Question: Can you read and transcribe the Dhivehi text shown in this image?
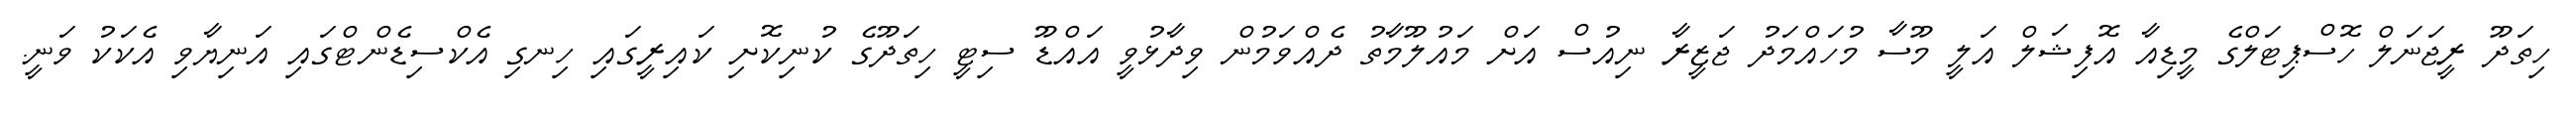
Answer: ހިތަދޫ ރީޖަނަލް ހޮސްޕިޓަލްގެ މީޑިއާ އޮފިޝަލް އަލީ މޫސާ މުހައްމަދު ޖަޒީރާ ނިއުސް އަށް މައުލޫމާތު ދެއްވަމުން ވިދާޅުވީ އައްޑޫ ސިޓީ ހިތަދޫގެ ކުނިކޮށި ކައިރީގައި ހިނގި އެކްސިޑެންޓްގައި އަނިޔާވި އެކަކު ވަނީ.